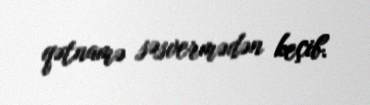
qətnamə səsvermədən keçib.